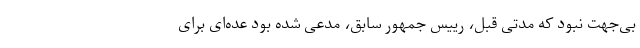
بی‌جهت نبود که مدتی قبل، رییس جمهور سابق، مدعی شده بود عده‌ای برای